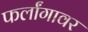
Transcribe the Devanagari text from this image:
फर्लांगावर